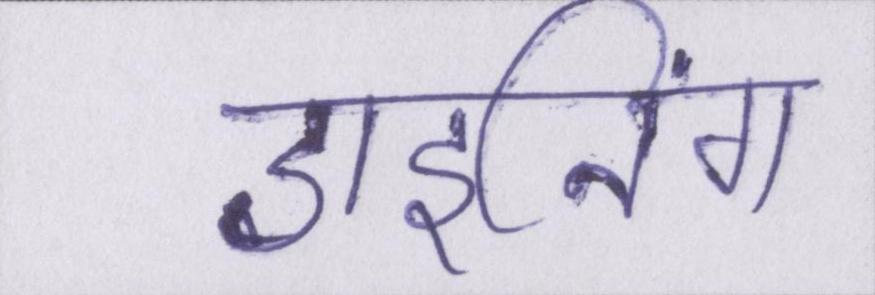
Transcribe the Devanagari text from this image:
डाइनिंग